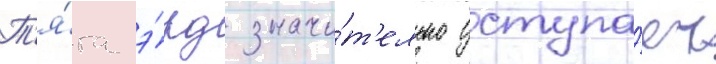
Т'я́га э́рд значи́т'ельно уступа́ет